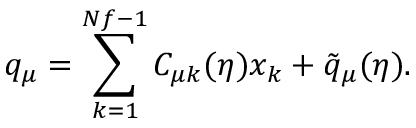
q _ { \mu } = \sum _ { k = 1 } ^ { N f - 1 } C _ { \mu k } ( \eta ) x _ { k } + \tilde { q } _ { \mu } ( \eta ) .